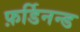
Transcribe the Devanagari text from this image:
फ़र्डिनन्ड